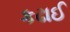
કઢાઈ